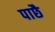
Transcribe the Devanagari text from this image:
पाछै